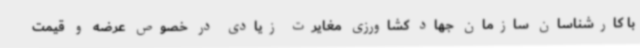
با کارشناسان سازمان جهاد کشاورزی مغایرت زیادی در خصوص عرضه و قیمت